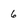
Character: 6